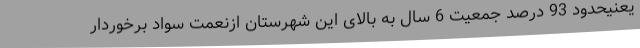
یعنیحدود 93 درصد جمعیت 6 سال به بالای این شهرستان ازنعمت سواد برخوردار